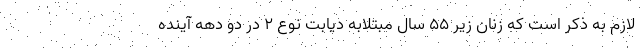
لازم به ذکر است که زنان زیر ۵۵ سال مبتلابه دیابت نوع ۲ در دو دهه آینده